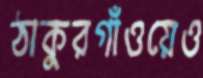
ঠাকুরগাঁওয়েও